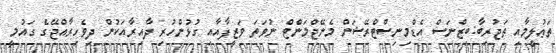
ތަޢުލީމާއި ތަޖުރިބާ:ބިޒްނަސް އެޑްމިނިސްޓްރޭޝަން މެނޭޖްމަންޓް ނުވަތަ ވަޒީފާއާއި ގުޅުންހުރި ދާއިރާއަކުން ދިވެހިރާއްޖޭގެ ގައުމީ